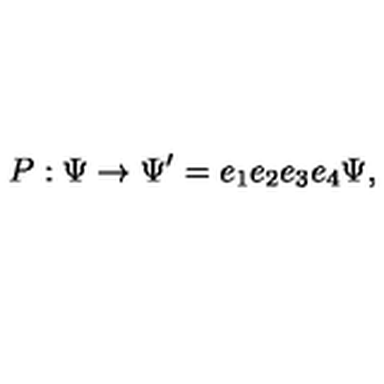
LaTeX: P : \Psi \rightarrow \Psi ^ { \prime } = e _ { 1 } e _ { 2 } e _ { 3 } e _ { 4 } \Psi ,